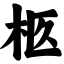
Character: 柩